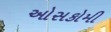
ઓસકોમી